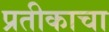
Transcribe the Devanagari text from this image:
प्रतीकाचा